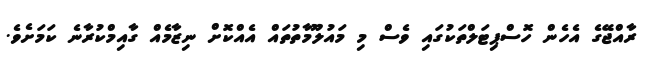
ރާއްޖޭގެ އެހެން ހޮސްޕިޓަލްތަކުގައި ވެސް މި މައުލޫމާތުތައް އެއްކޮށް ނިޒާމެއް ގާއިމްކުރާނެ ކަމަށެވެ.